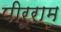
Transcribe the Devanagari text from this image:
पीरूराम